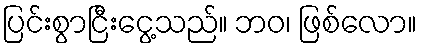
ပြင်းစွာငြီးငွေ့သည်။ ဘဝ၊ ဖြစ်လော။